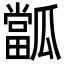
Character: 㼕